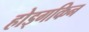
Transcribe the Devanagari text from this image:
होड्गकिन